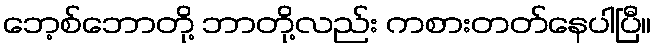
ဘေ့စ်ဘောတို့ ဘာတို့လည်း ကစားတတ်နေပါပြီ။